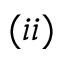
( i i )